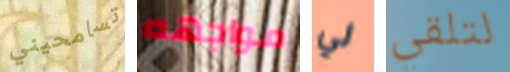
تسامحيني مواجهه لي لتلقي